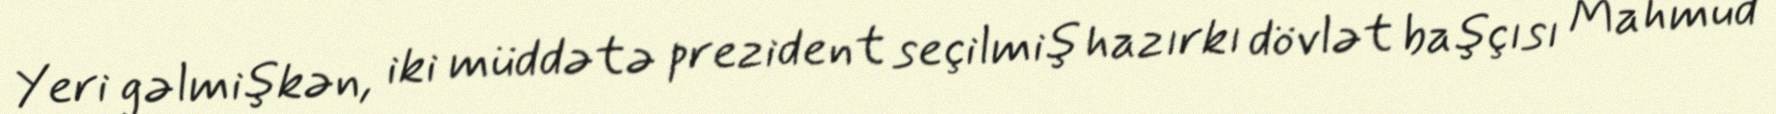
Yeri gəlmişkən, iki müddətə prezident seçilmiş hazırkı dövlət başçısı Mahmud